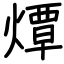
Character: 燂